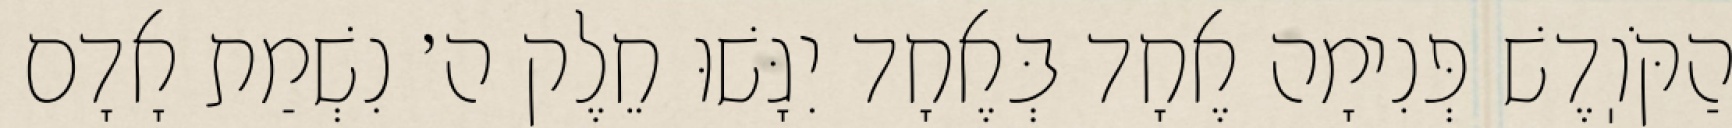
הַקֹּוֽדֶשׁ פְּנִימָה אֶחָד בְּאֶחָד יִגָּשׁוּ חֵלֶק ה׳ נִשְׁמַת אָדָם